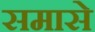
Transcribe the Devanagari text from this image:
समासे